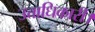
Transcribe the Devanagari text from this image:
उत्ताधिकारी।